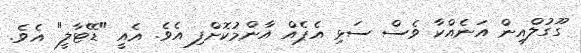
ގޫގުލްއިން އަނެއްކާ ވެސް ސަޅި އެޕެއް އާންމުކޮށްފި އެވެ. އެއީ "ޑޭޓާލީ" އެވެ.